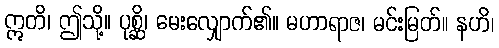
ဣတိ၊ ဤသို့။ ပုစ္ဆိ၊ မေးလျှောက်၏။ မဟာရာဇ၊ မင်းမြတ်။ နဟိ၊